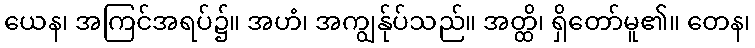
ယေန၊ အကြင်အရပ်၌။ အဟံ၊ အကျွန်ုပ်သည်။ အတ္ထိ၊ ရှိတော်မူ၏။ တေန၊